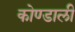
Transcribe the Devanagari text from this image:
कोण्डाली